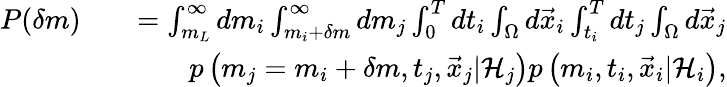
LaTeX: \begin{array}{rlr}{P(\delta m)}&{}&{=\int_{m_{L}}^{\infty}dm_{i}\int_{m_{i}+\delta m}^{\infty}dm_{j}\int_{0}^{T}dt_{i}\int_{\Omega}d\vec{x}_{i}\int_{t_{i}}^{T}dt_{j}\int_{\Omega}d\vec{x}_{j}}\\ &{}&{p\left(m_{j}=m_{i}+\delta m,t_{j},\vec{x}_{j}\vert{\cal H}_{j}\right)p\left(m_{i},t_{i},\vec{x}_{i}\vert{\cal H}_{i}\right),}\end{array}